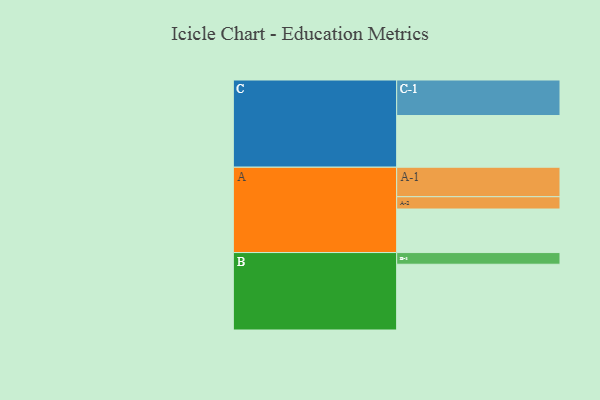
{"axis": {"x": "Segment", "y": "Value"}, "legend": ["", "A", "B", "C"], "data": [{"x": "A", "y": 347, "type": ""}, {"x": "B", "y": 524, "type": ""}, {"x": "C", "y": 412, "type": ""}, {"x": "A-1", "y": 235, "type": "A"}, {"x": "A-2", "y": 98, "type": "A"}, {"x": "B-1", "y": 93, "type": "B"}, {"x": "C-1", "y": 283, "type": "C"}]}